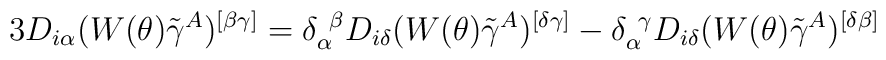
3D_{i\alpha}(W(\theta)\tilde{\gamma}^{A})^{[\beta\gamma ]}=\delta_{\alpha}^{~\beta}D_{i\delta}(W(\theta)\tilde{\gamma}^{A})^{[\delta\gamma]}-\delta_{\alpha}^{~\gamma}D_{i\delta}(W(\theta)\tilde{\gamma}^{A})^{[\delta\beta]}